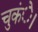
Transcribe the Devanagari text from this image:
चुकंे।